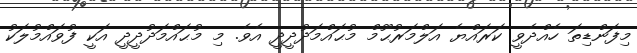
މިފަންޑިތަ ހެއްދެވީ ކަރައްޔެ އަލްމަރުޙޫމް މުޙައްމަދުދީދީ އެވެ. މި މުޙައްމަދުދީދީ އަކީ ފުވައްމުލަކު